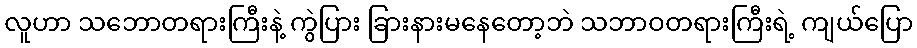
လူဟာ သဘောတရားကြီးနဲ့ ကွဲပြား ခြားနားမနေတော့ဘဲ သဘာဝတရားကြီးရဲ့ ကျယ်ပြော